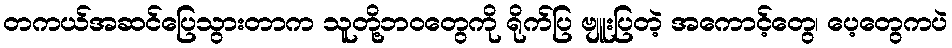
တကယ်အဆင်ပြေသွားတာက သူတို့ဘဝတွေကို ရိုက်ပြ ဗျူးပြတဲ့ အကောင့်တွေ၊ ပေ့တွေကပဲ